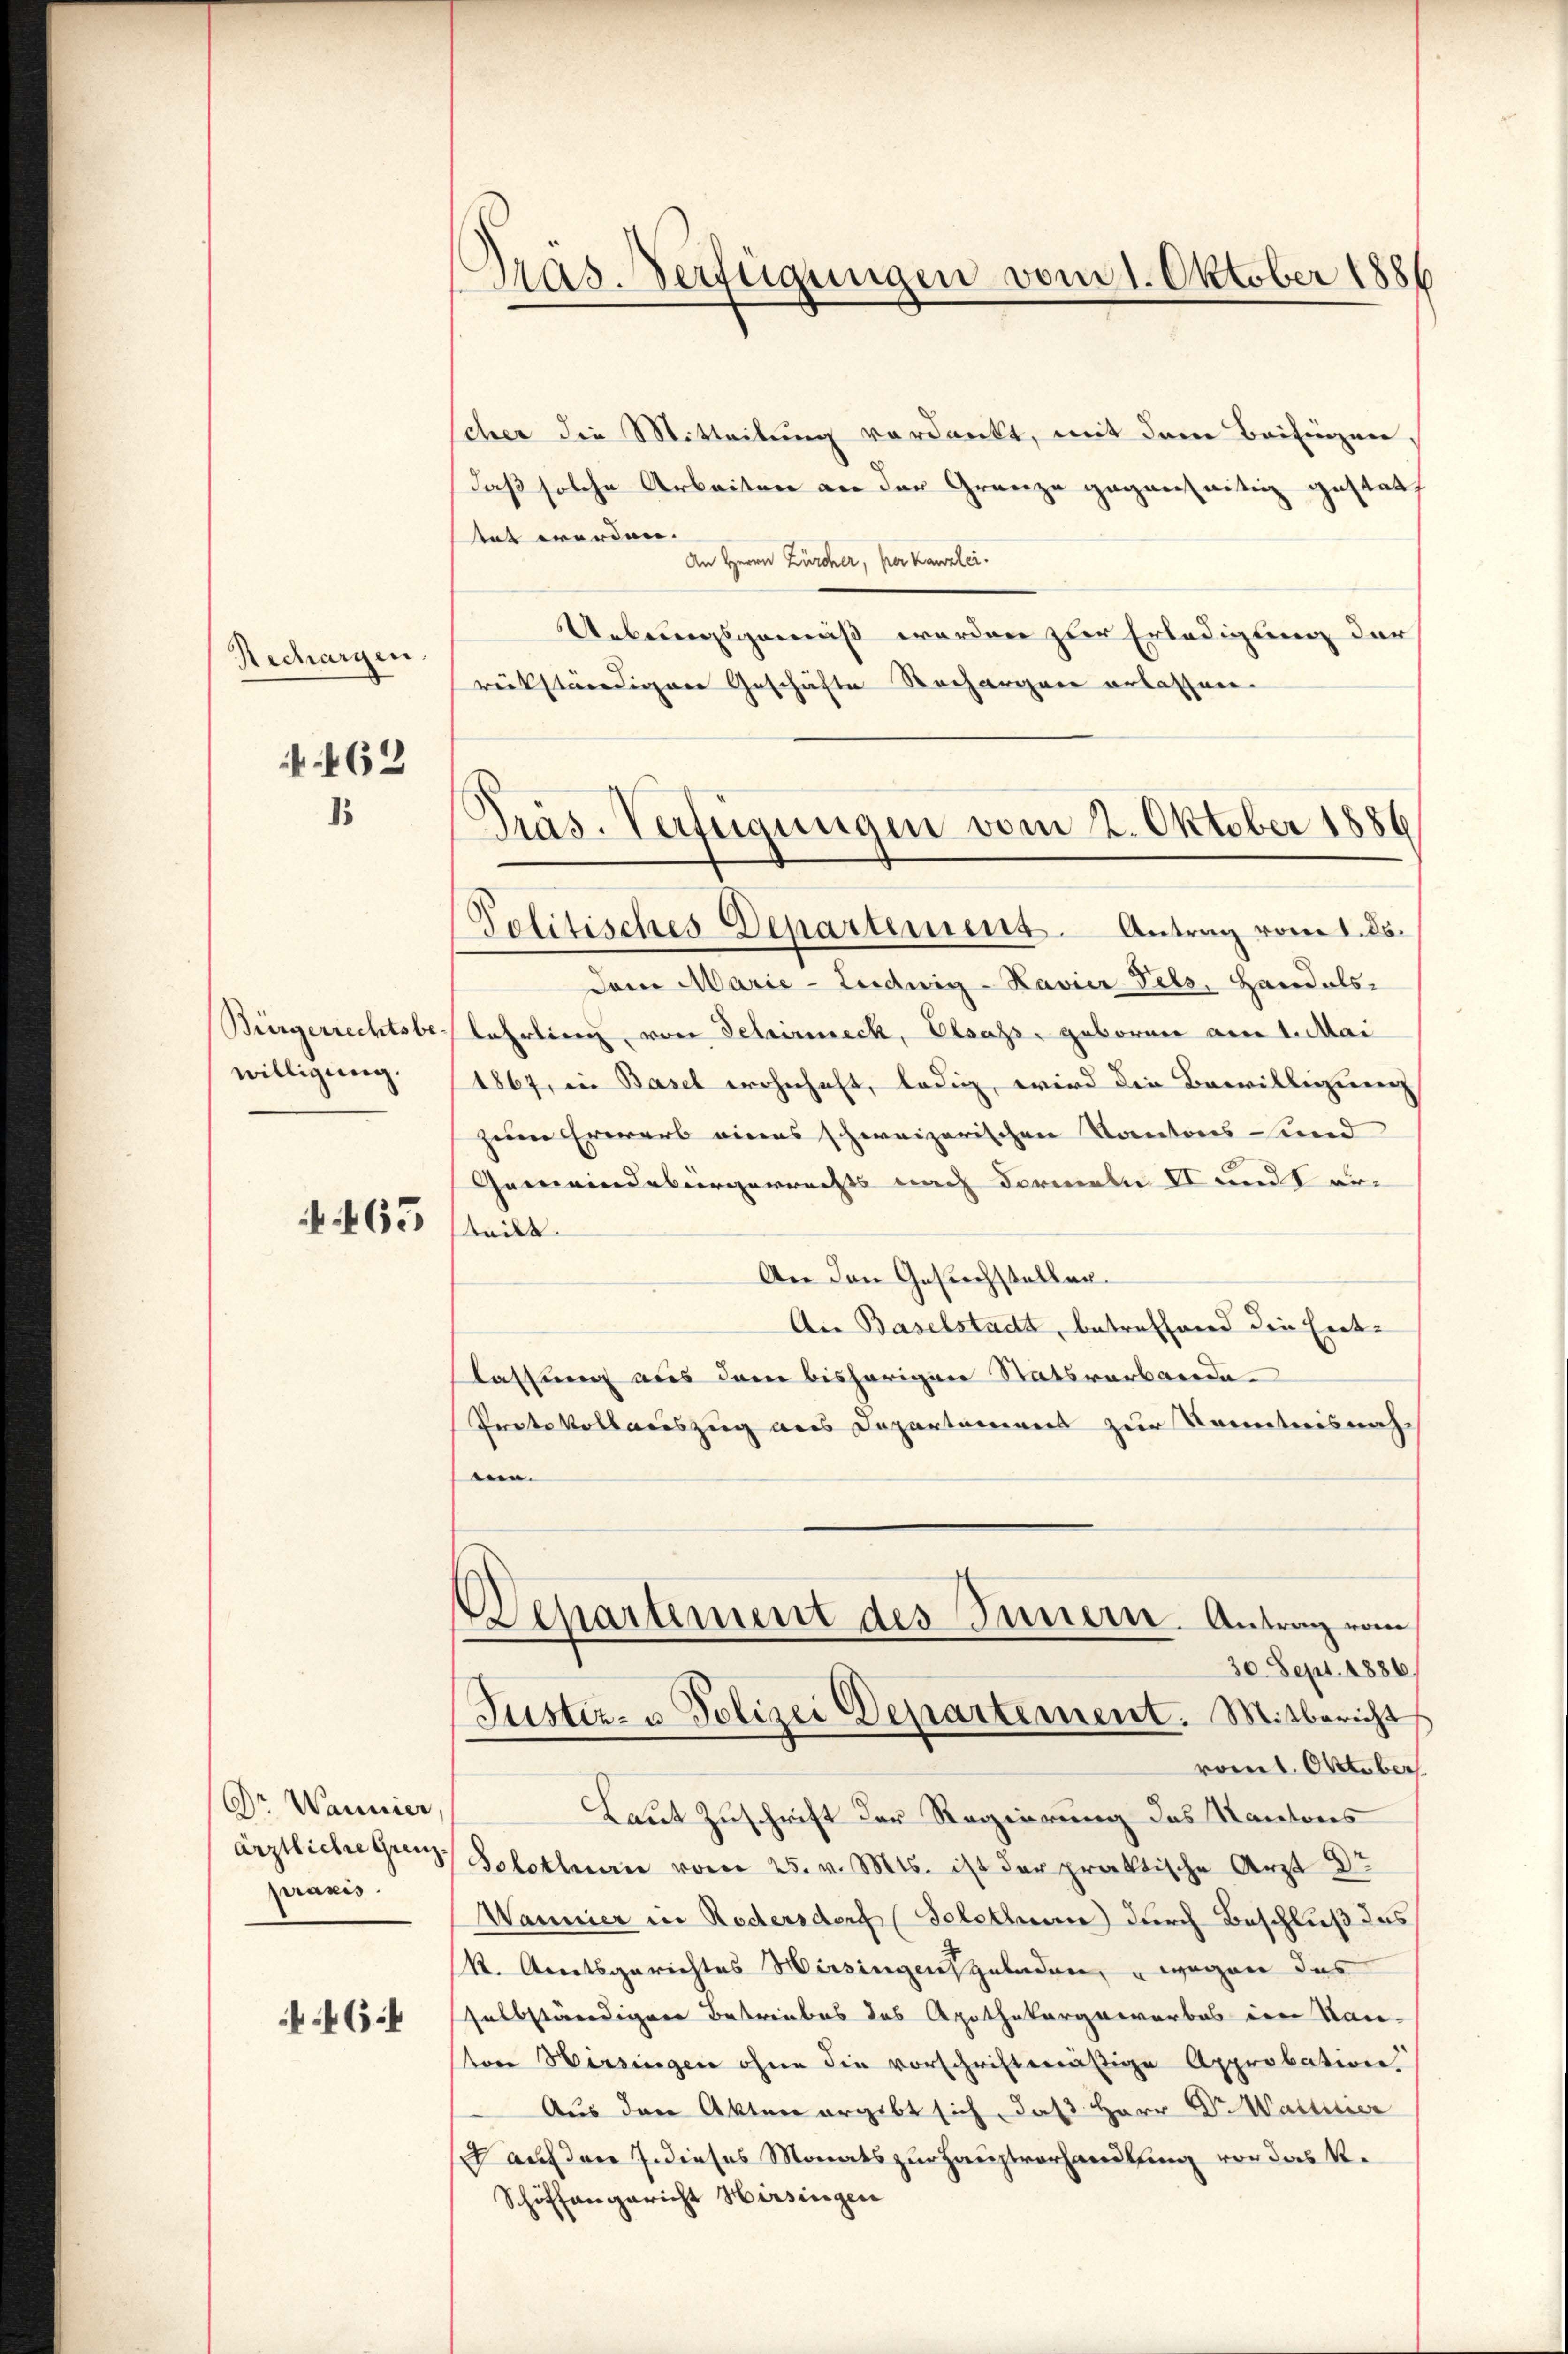
Rechargen.

462
1.

Bürgerrechtsbe
willigung.

465

Dr Wannier,
ärztliche Grenzpraxis.

6

Pras. Verfügungen vom 1. Oktober 1886

cher die Mitteilung verdankt, mit dem Beifügen,
daß solche Arbeiten an der Granze gegenseitig gestatt
tat werden. |
An Herrn Zürcher, per Kanzlei.
Uebungsgemäß werden zur Erledigung der
rückständigene Geschäfte Rechargen erlassen.
Dem Marie-Ludwig-Havier Fels, Handels-
lehrling, von Schirmeck, Elsass, geboren am 1. Mai
1867, in Basel wohnhaft, ledig, wird die Bewilligung
zum Erwerb eines schweizerischen Kantons- und
Gemeindebürgerrechts nach dermann II und erteilt.
An den Gesuchstellen.
Ai Baselstadt, betreffend die Ent-
lassung aus dem bisherigen Statsverbande
Protokollauszug aus Departement zur Kenntnisnah
eien.
epartement des Innern. Antrag vom
30. Sept. 1886.
Justiz- u. Polizei Departement. Mitbericht
romit Oktober
Laut Zuschrift der Regierung das Kantons
Solothurn vom 25. v. Mts. ist der praktische Arzt Dr
Wannier in Redersdorf (Solothurn durch Beschluß des
R. Aratsgerichtes Hirsingen geladen, wegen das
selbständigen Betriebes des Apothekargeworbes in Kan-
ston Hirsingen ohne die vorschriftenäßige Approbation,
Aus den Akten ergibt sich, daß Herr Dr. Wassener
 auf den 7. dieses Monats zur Hauptvorhandlung vor das K.
Schiffangericht Hirsingen

Präs. Verfügungen vom 2. Oktober 1886
Politisches Departemens Antrag vom 1. ds.